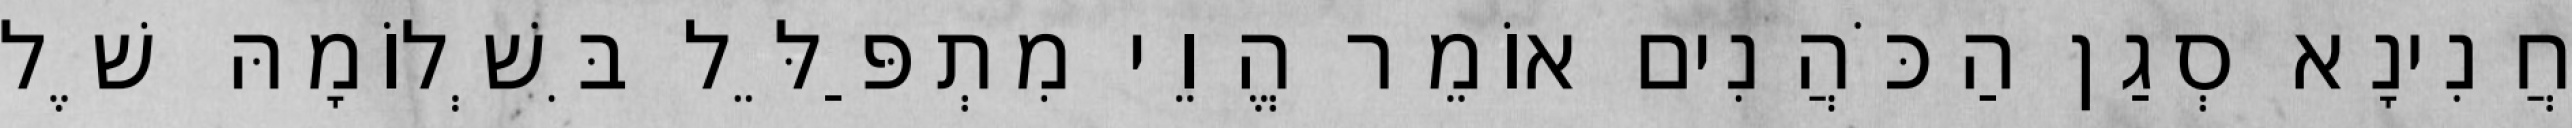
חֲנִינָא סְגַן הַכֹּהֲנִים אוֹמֵר הֱוֵי מִתְפַּלֵּל בִּשְׁלוֹמָהּ שֶׁל